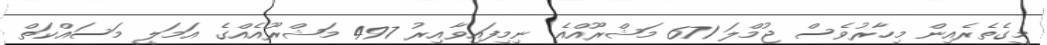
މީގެތެރެއިން މިހާރުވެސް ޖުމްލަ 671 މަޝްރޫއްއެ ނިމިފައިވާއިރު 497 މަޝްރޫއެއްގެ އަމަލީ މަސައްކަތް